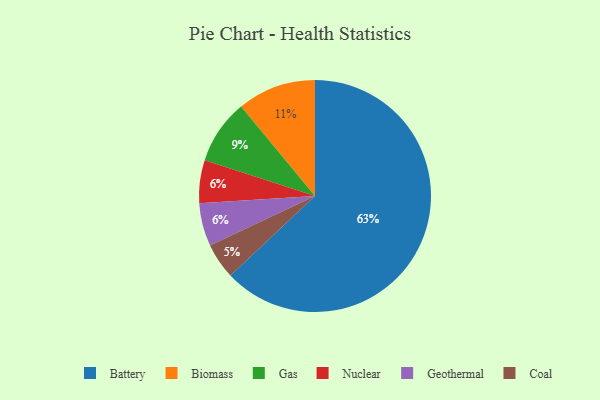
{"axis": {"x": "Category", "y": "Percentage"}, "legend": ["Battery", "Biomass", "Coal", "Gas", "Geothermal", "Nuclear"], "data": [{"x": "Gas", "y": 9, "type": "Gas"}, {"x": "Nuclear", "y": 6, "type": "Nuclear"}, {"x": "Geothermal", "y": 6, "type": "Geothermal"}, {"x": "Coal", "y": 5, "type": "Coal"}, {"x": "Battery", "y": 63, "type": "Battery"}, {"x": "Biomass", "y": 11, "type": "Biomass"}]}